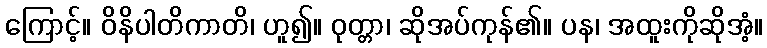
ကြောင့်။ ဝိနိပါတိကာတိ၊ ဟူ၍။ ဝုတ္တာ၊ ဆိုအပ်ကုန်၏။ ပန၊ အထူးကိုဆိုအံ့။